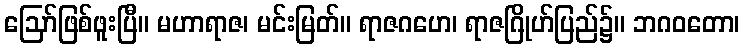
ဩော်ဖြစ်ဖူးပြီ။ မဟာရာဇ၊ မင်းမြတ်။ ရာဇဂဟေ၊ ရာဇဂြိုဟ်ပြည်၌။ ဘဂဝတော၊